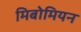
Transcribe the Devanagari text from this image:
मिबोमियन